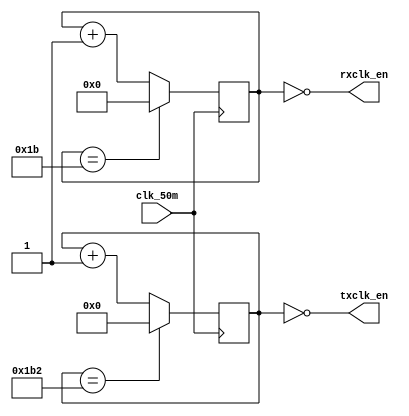
/*
 * Hacky baud rate generator to divide a 50MHz clock into a 115200 baud
 * rx/tx pair where the rx clcken oversamples by 16x.
 */
module baud_rate_gen(input wire clk_50m,
					 output wire rxclk_en,
					 output wire txclk_en);

	parameter RX_ACC_MAX = 50000000 / (115200 * 16);
	parameter TX_ACC_MAX = 50000000 / 115200;
	parameter RX_ACC_WIDTH = $clog2(RX_ACC_MAX);
	parameter TX_ACC_WIDTH = $clog2(TX_ACC_MAX);
	reg [RX_ACC_WIDTH - 1:0] rx_acc = 0;
	reg [TX_ACC_WIDTH - 1:0] tx_acc = 0;

	assign rxclk_en = (rx_acc == 5'd0);
	assign txclk_en = (tx_acc == 9'd0);

	always @(posedge clk_50m) begin
		if (rx_acc == RX_ACC_MAX[RX_ACC_WIDTH - 1:0])
			rx_acc <= 0;
		else
			rx_acc <= rx_acc + 5'b1;
	end

	always @(posedge clk_50m) begin
		if (tx_acc == TX_ACC_MAX[TX_ACC_WIDTH - 1:0])
			tx_acc <= 0;
		else
			tx_acc <= tx_acc + 9'b1;
	end

endmodule